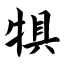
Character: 犋